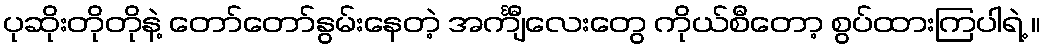
ပုဆိုးတိုတိုနဲ့ တော်တော်နွမ်းနေတဲ့ အင်္ကျီလေးတွေ ကိုယ်စီတော့ စွပ်ထားကြပါရဲ့ ။